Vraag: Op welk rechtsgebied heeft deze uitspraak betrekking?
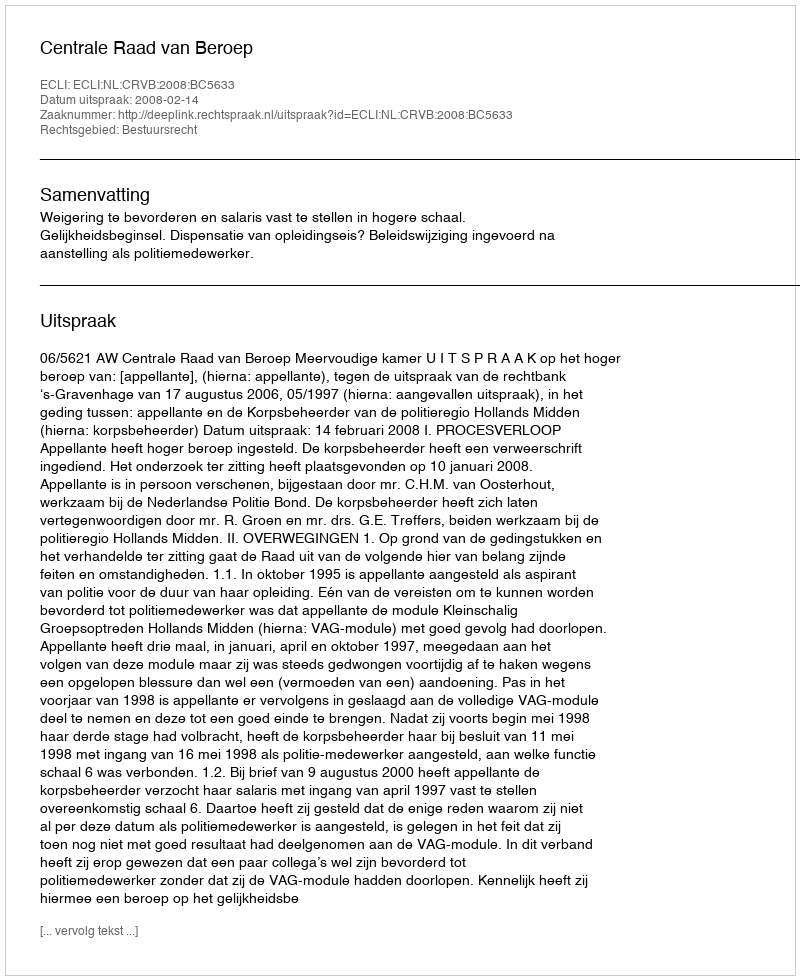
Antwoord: Bestuursrecht